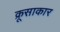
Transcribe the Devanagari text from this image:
क्रूसाकार